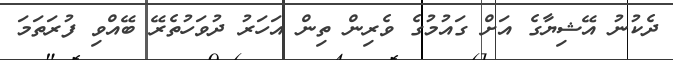
ދެކުނު އޭޝިޔާގެ އަށް ގައުމުގެ ވެރިން ތިން އަހަރު ދުވަހުތެރޭ ބޭއްވި ފުރަތަމަ